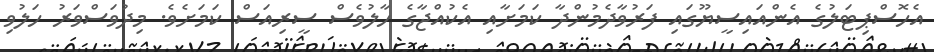
އެހޮސްޕިޓަލުގެ އެންއައިސީޔޫގައި ފަރުވާދެމުންދާ ކަމަށާއި އެކުއްޖާގެ ހާލުވެސް ސީރިއަސް ކަމަށެވެ. މިދުވަސްވަރު ހަލުވި